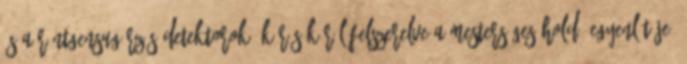
és a röntgensugárzás-detektorok, körös-körül felszerelve a mesterséges hold „egyenlítője”